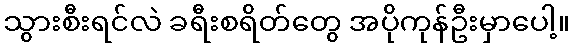
သွားစီးရင်လဲ ခရီးစရိတ်တွေ အပိုကုန်ဦးမှာပေါ့။